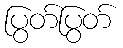
ပြွတ်ပြွတ်